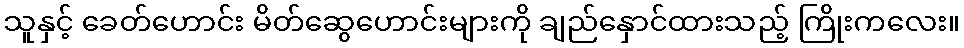
သူနှင့် ခေတ်ဟောင်း မိတ်ဆွေဟောင်းများကို ချည်နှောင်ထားသည့် ကြိုးကလေး။